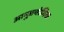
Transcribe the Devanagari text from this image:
आनुप्रयोगिक